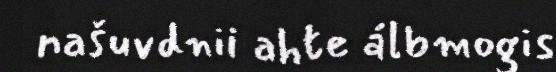
našuvdnii ahte álbmogis